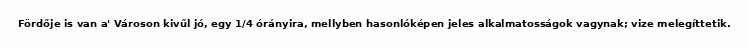
Fördője is van a' Városon kivűl jó, egy 1/4 órányira, mellyben hasonlóképen jeles alkalmatosságok vagynak; vize melegíttetik.